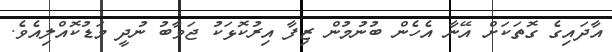
އާދައިގެ ގޮތަކަށް އޭނާ އެހެން ބުނުމުން ޒިފާ އިރުކޮޅަކު ޖަވާބު ނުދީ މަޑުކޮއްލިއެވެ.